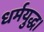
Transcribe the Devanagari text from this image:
धर्मयुद्ध।